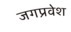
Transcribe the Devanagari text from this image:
जगप्रवेश